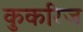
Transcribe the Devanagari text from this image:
कुकरिज